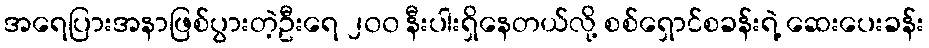
အရေပြားအနာဖြစ်ပွားတဲ့ဦးရေ ၂၀၀ နီးပါးရှိနေတယ်လို့ စစ်ရှောင်စခန်းရဲ့ ဆေးပေးခန်း